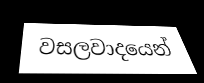
වසලවාදයෙන්